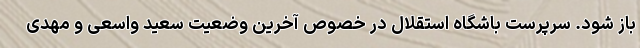
باز شود. سرپرست باشگاه استقلال در خصوص آخرین وضعیت سعید واسعی و مهدی